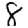
Digit: 8